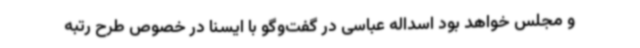
و مجلس خواهد بود اسداله عباسی در گفت‌وگو با ایسنا در خصوص طرح رتبه